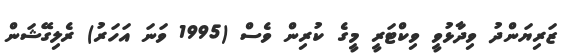
ޒަރިޔަންދު ވިދާޅުވީ ވިކްޓަރީ މީގެ ކުރިން ވެސް (1995 ވަނަ އަހަރު) ރެލިގޭޝަން